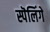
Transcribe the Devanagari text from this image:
स्पॆलिंगे